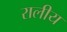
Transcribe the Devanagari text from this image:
रालीय